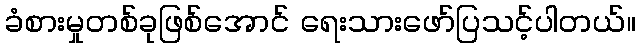
ခံစားမှုတစ်ခုဖြစ်အောင် ရေးသားဖော်ပြသင့်ပါတယ်။